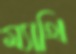
ম্যাথি